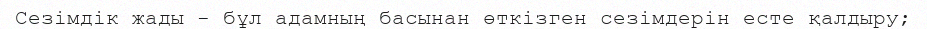
Сезімдік жады - бұл адамның басынан өткізген сезімдерін есте қалдыру;